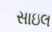
સાઇલ